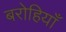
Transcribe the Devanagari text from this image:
बरोहियाँ